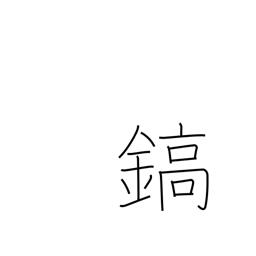
Meaning: sword-blade ridges